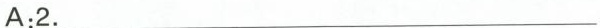
A:2.___